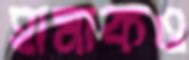
হামাকও